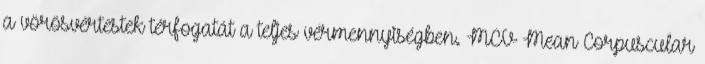
a vörösvértestek térfogatát a teljes vérmennyiségben. MCV Mean Corpuscular